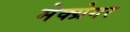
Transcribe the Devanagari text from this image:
मेक्ग्रेगर